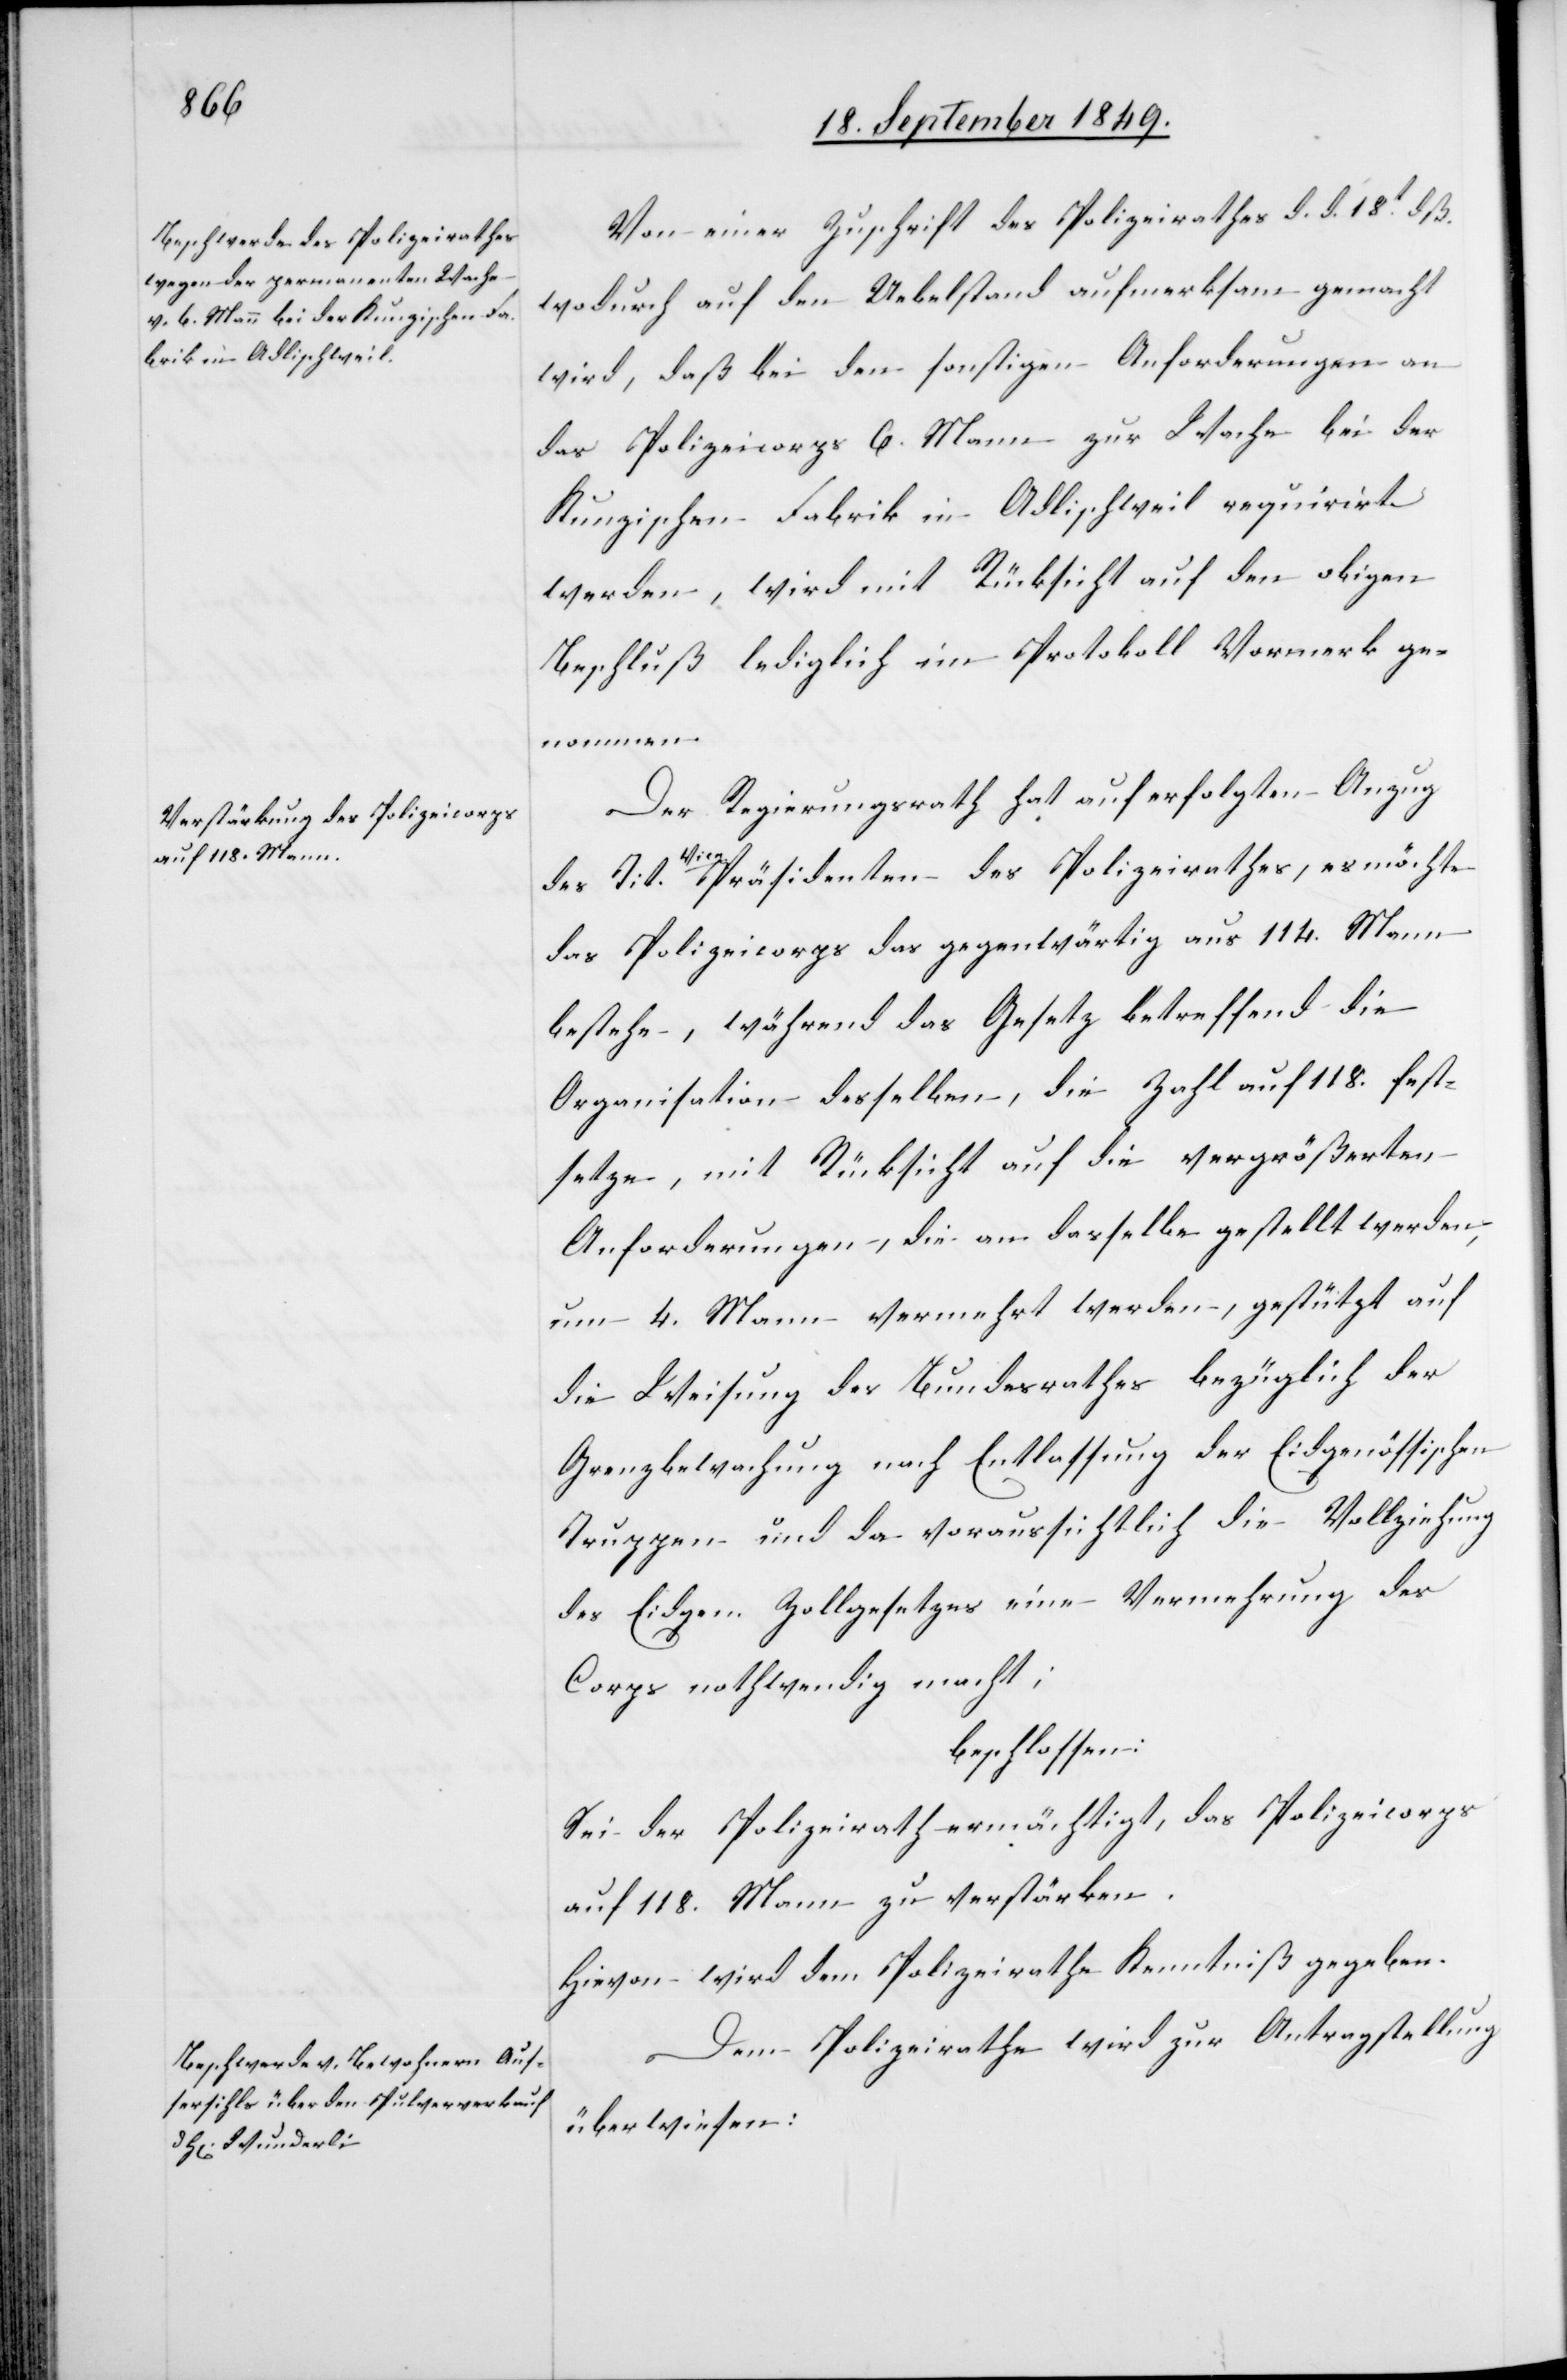
Von einer Zuschrift des Polizeirathes d. d. 18t dß.
wodurch auf den Uebelstand aufmerksam gemacht
wird, daß bei den sonstigen Anforderungen an
das Polizeicorps 6. Mann zur Wache bei der
Kunzischen Fabrik Adlischweil requirirt
werden, wird mit Rücksicht auf den obigen
Beschluß lediglich im Protokoll Vormerk ge¬
nommen.
Der Regierungsrath hat auf erfolgten Anzug
a-Vice-aPräsidenten des Polizeirathes, es möchte
das Polizeicorps das gegenwärtig aus 114. Mann
bestehe, während das Gesetz betreffend die
Organisation desselben, die Zahl auf 118. fest¬
setze, mit Rücksicht auf die vergrößerten
Anforderungen, die an dasselbe gestellt werden,
um 4. Mann vermehrt werden, gestützt auf
die Weisung des Bundesrathes bezüglich der
Grenzbewachung nach Entlassung der Eidgenössischen
Truppen und da voraussichtlich die Vollziehung
des Eidgen. Zollgesetzes eine Vermehrung des
Corps nothwendig macht;
beschlossen:
Sei der Polizeirath ermächtigt, das Polizeicorps
auf 118. Mann zu verstärken.
Hievon wird dem Polizeirathe Kenntniß gegeben.
Dem Polizeirathe wird zur Antragstellung
überwiesen: